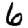
Digit: 6